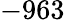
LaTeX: -963